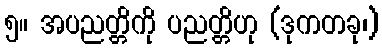
၅။ အပညတ္တိကို ပညတ္တိဟု (ဒုကတခု၊)